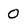
Character: 0